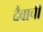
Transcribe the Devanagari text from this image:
दैवाची